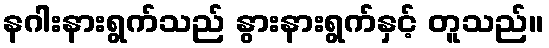
နဂါးနားရွက်သည် နွားနားရွက်နှင့် တူသည်။